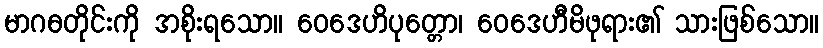
မာဂဓတိုင်းကို အစိုးရသော။ ဝေဒေဟိပုတ္တော၊ ဝေဒေဟီမိဖုရား၏ သားဖြစ်သော။